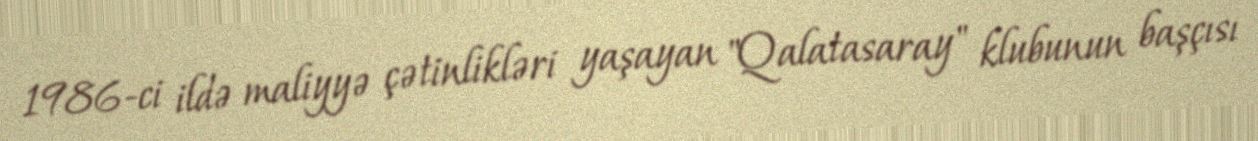
1986-ci ildə maliyyə çətinlikləri yaşayan "Qalatasaray" klubunun başçısı